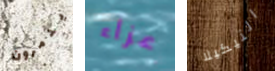
يدمرون عزاء التيكيلا